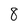
Character: 8